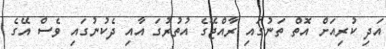
އަދި ކުރިއަށް އޮތް ތަނުގައި ރާއްޖޭގެ އުތުރުގަ އާއި ދެކުނުގައި ވެސް އޭގެ